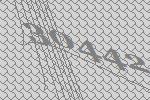
30442